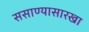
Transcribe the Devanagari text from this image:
ससाण्यासारखा